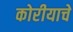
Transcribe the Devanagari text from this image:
कोरीयाचे